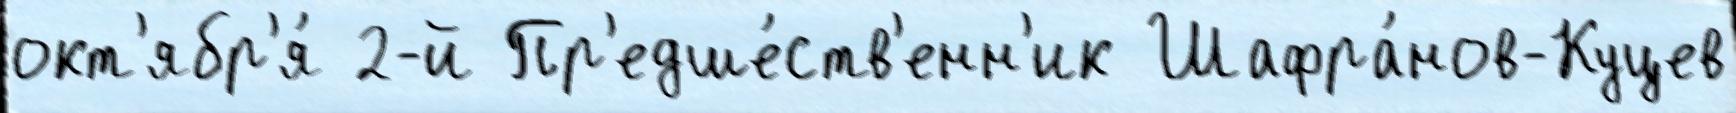
окт'ябр'я́ 2-й Пр'едше́ств'енн'ик Шафра́нов-Куцев